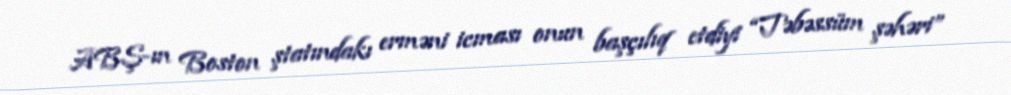
ABŞ-ın Boston ştatındakı erməni icması onun başçılıq etdiyi “Təbəssüm şəhəri”